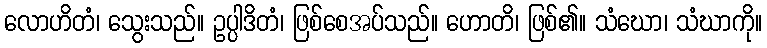
လောဟိတံ၊ သွေးသည်။ ဥပ္ပါဒိတံ၊ ဖြစ်စေအပ်သည်။ ဟောတိ၊ ဖြစ်၏။ သံဃော၊ သံဃာကို။